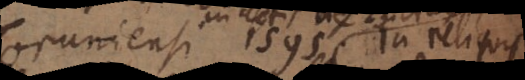
Toruniensi 1595. In reliquis